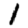
Digit: 1